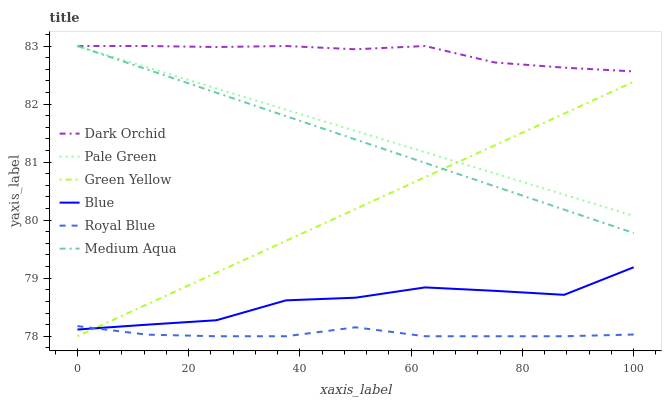
| xaxis_label | Dark Orchid | Pale Green | Green Yellow | Blue | Royal Blue | Medium Aqua |
 | --- | --- | --- | --- | --- | --- | --- |
 | 0 | 83 | 83 | 78 | 78.1 | 78.2 | 83 |
 | 12.5 | 83 | 82.6 | 78.5 | 78.2 | 78 | 82.6 |
 | 25 | 83 | 82.3 | 79.1 | 78.3 | 78 | 82.2 |
 | 37.5 | 83 | 81.9 | 79.6 | 78.6 | 78 | 81.8 |
 | 50 | 82.9 | 81.5 | 80.2 | 78.7 | 78.2 | 81.4 |
 | 62.5 | 83 | 81.2 | 80.7 | 78.8 | 78 | 81 |
 | 75 | 82.7 | 80.8 | 81.3 | 78.8 | 78 | 80.6 |
 | 87.5 | 82.6 | 80.4 | 81.8 | 78.7 | 78 | 80.2 |
 | 100 | 82.6 | 80.1 | 82.4 | 79.2 | 78 | 79.8 |